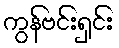
ကွန်ဗင်းရှင်း